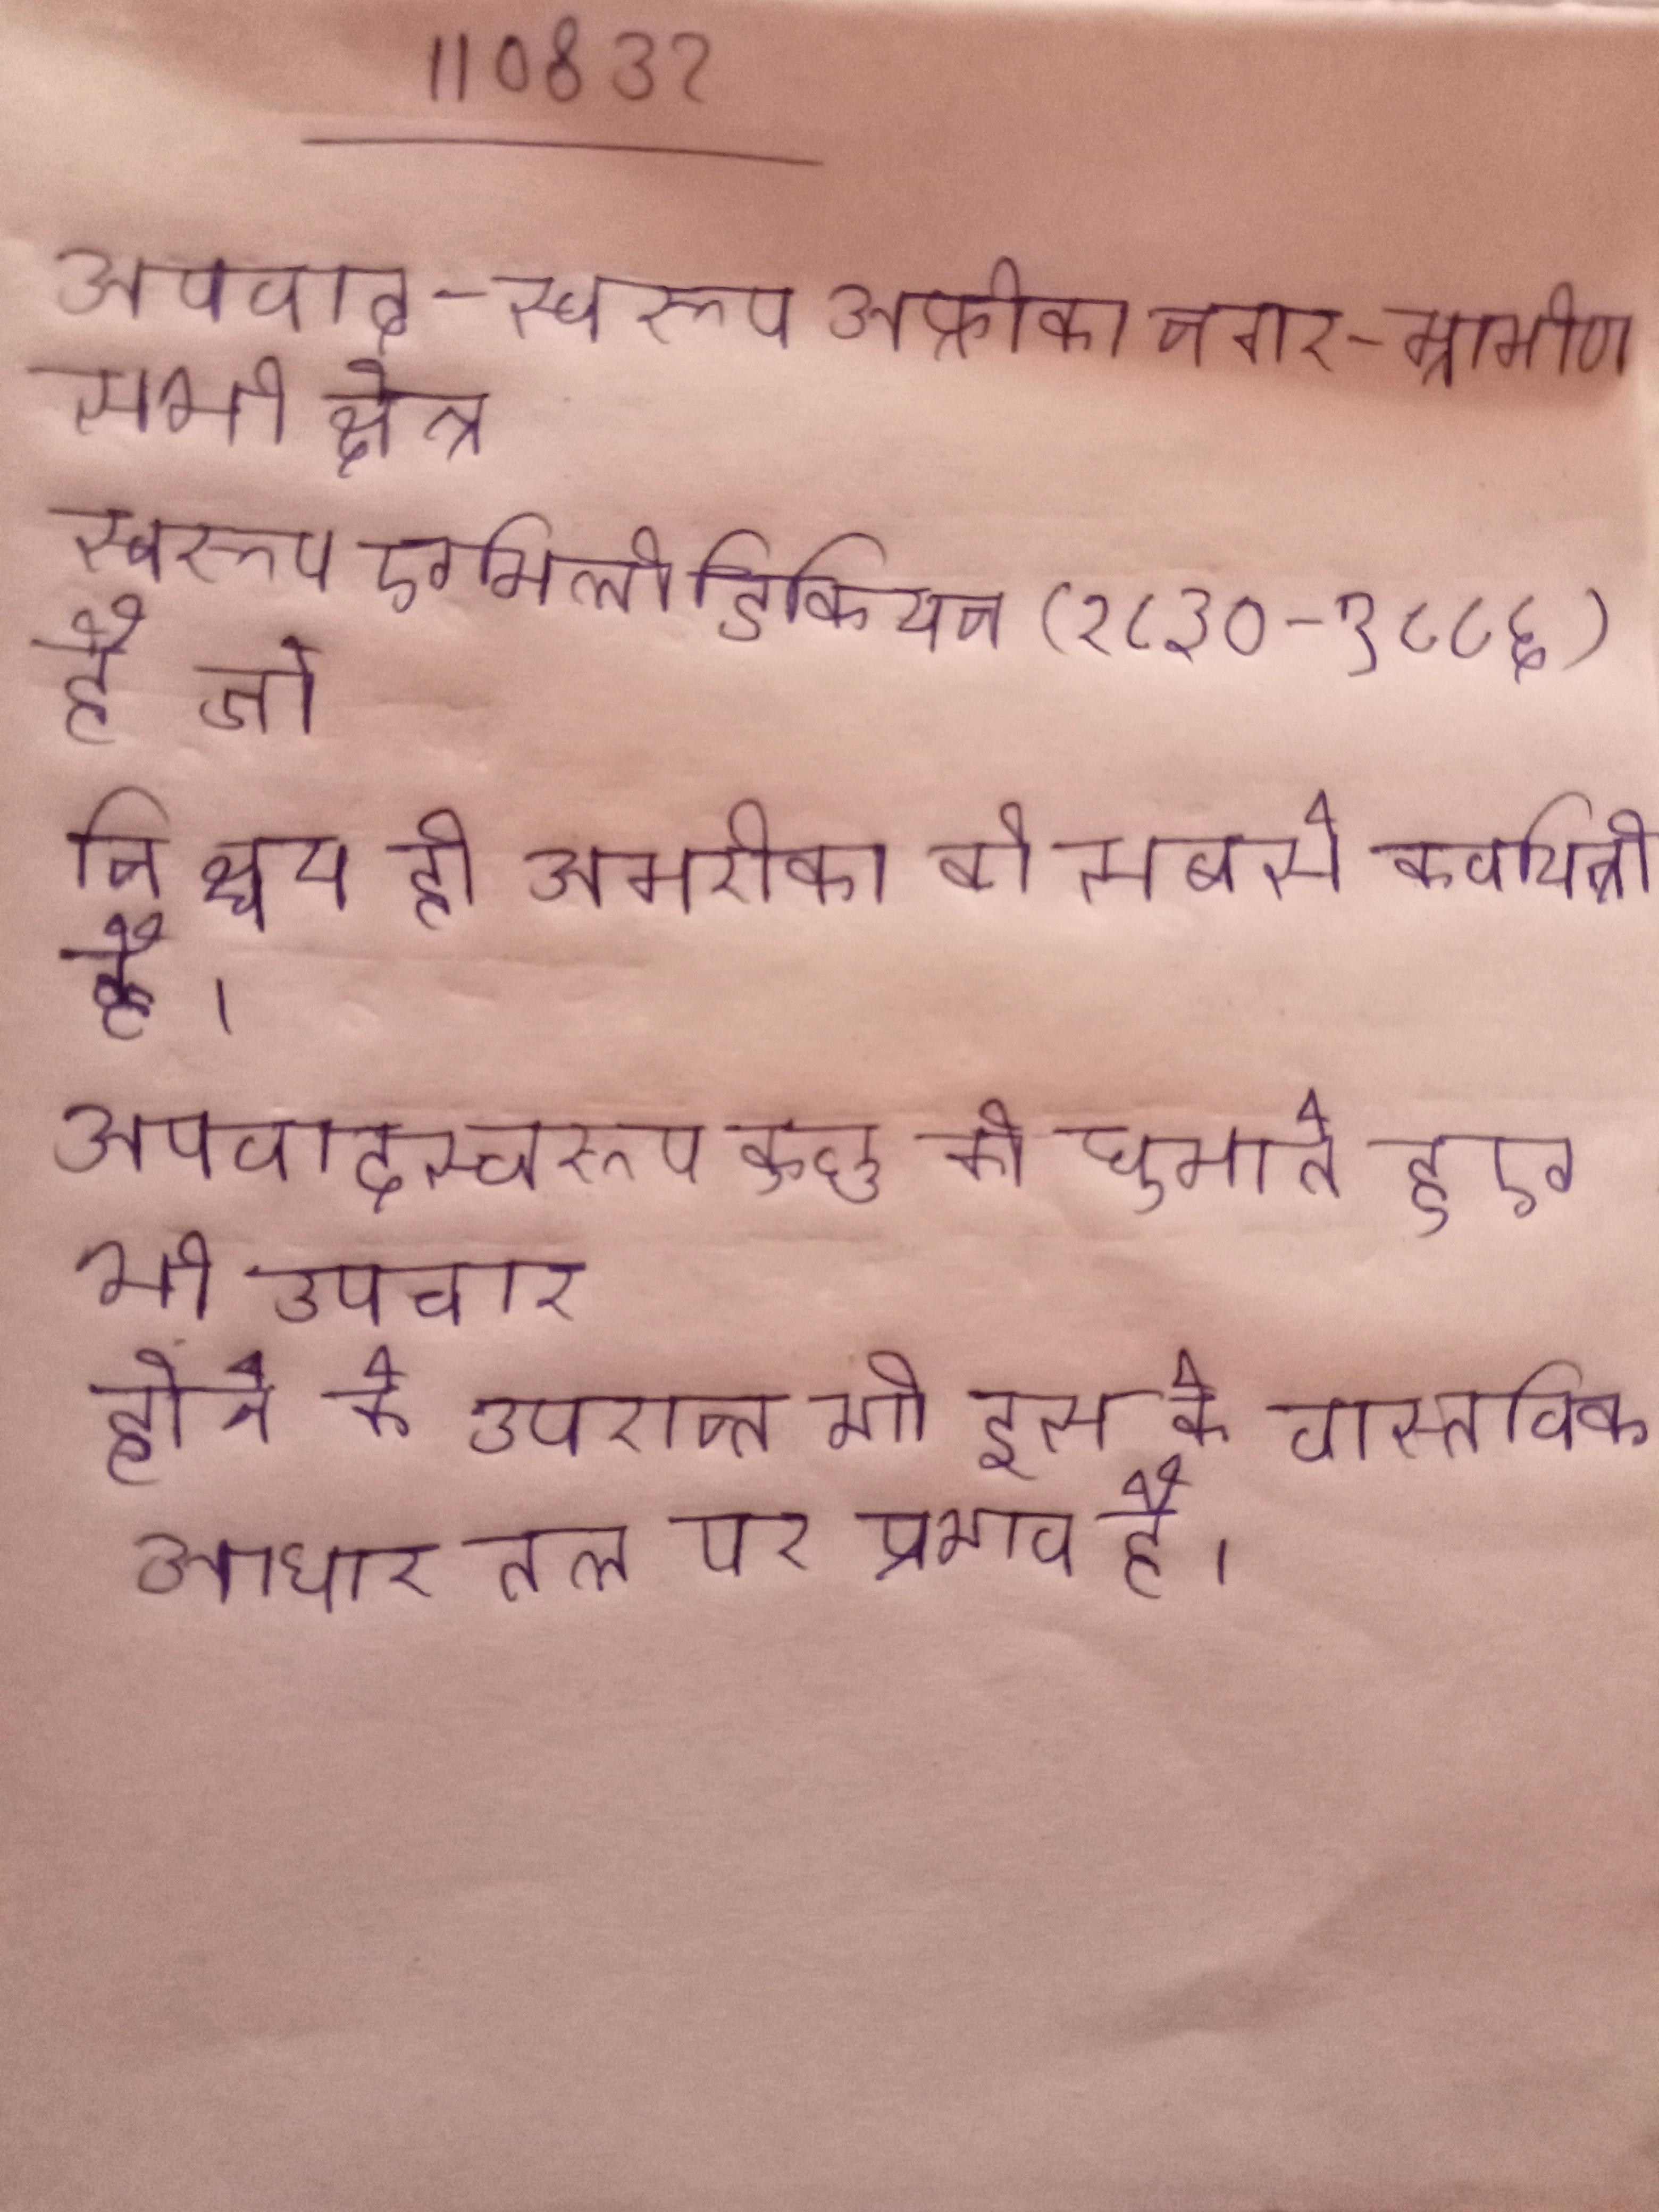
अपवाद-स्वरूप अफ्रीका नगर-ग्रामीण सभी क्षेत्र इस से ग्रस्त यद्यपि खतरा कम रहता है । अपवाद स्वरूप एमिली डिकिन्सन (१८३०-१८८६) है जो निश्चय ही अमरीका की सबसे कवयित्री है । अपवादस्वरूप कुछ को घुमाते हुए भी उपचार किया जाता है । अपवाद स्वरूप पश्चिमी तट समुद्र डूबा होने और कुछ हिस्से विवर्तनिक से परिवर्तित होने के उपरान्त भी इस के वास्तविक आधार तल पर प्रभाव है ।